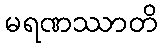
မရဏဿာတိ